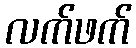
လက်ဖက်